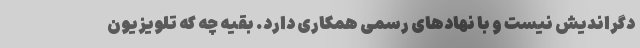
دگر‌اندیش نیست و با نهادهای رسمی همکاری دارد. بقیه چه که تلویزیون